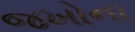
જખોના